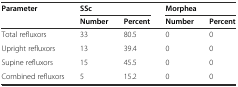
<table><thead><tr><td rowspan="2"><b>Parameter</b></td><td colspan="2"><b>SSc</b></td><td colspan="2"><b>Morphea</b></td></tr><tr><td><b>Number</b></td><td><b>Percent</b></td><td><b>Number</b></td><td><b>Percent</b></td></tr></thead><tbody><tr><td>Total refluxors</td><td>33</td><td>80.5</td><td>0</td><td>0</td></tr><tr><td>Upright refluxors</td><td>13</td><td>39.4</td><td>0</td><td>0</td></tr><tr><td>Supine refluxors</td><td>15</td><td>45.5</td><td>0</td><td>0</td></tr><tr><td>Combined refluxors</td><td>5</td><td>15.2</td><td>0</td><td>0</td></tr></tbody></table>